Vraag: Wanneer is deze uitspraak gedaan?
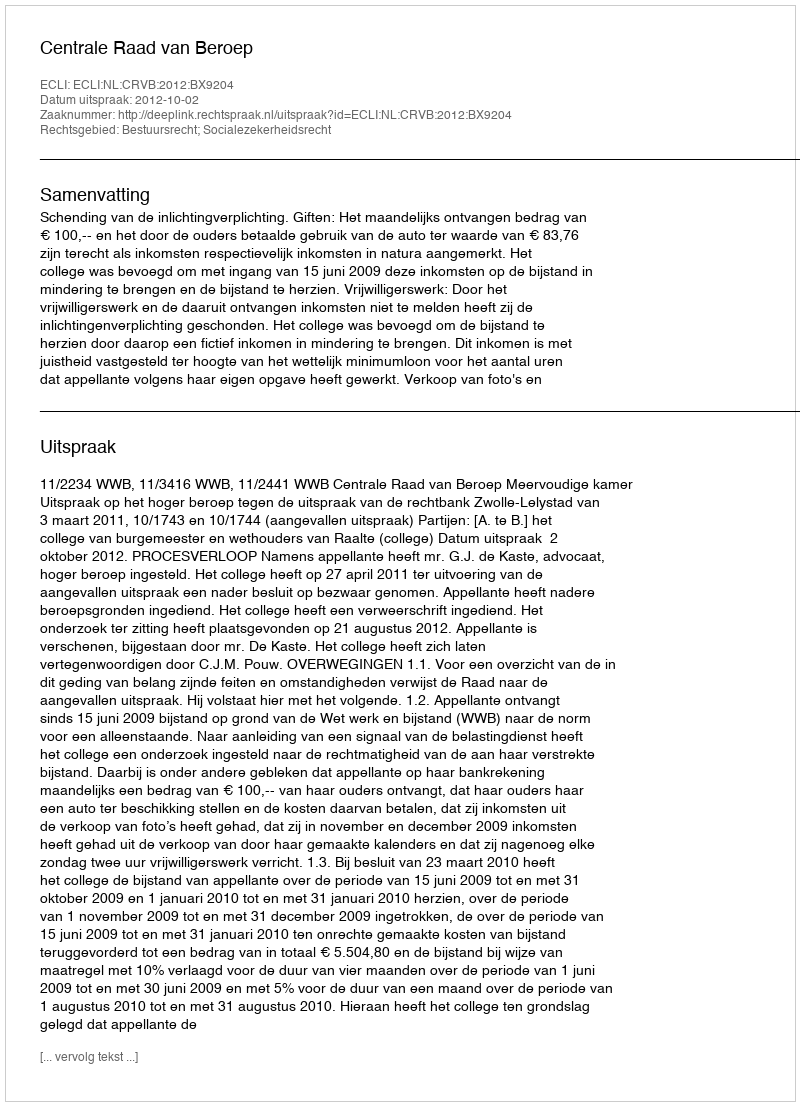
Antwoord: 2012-10-02